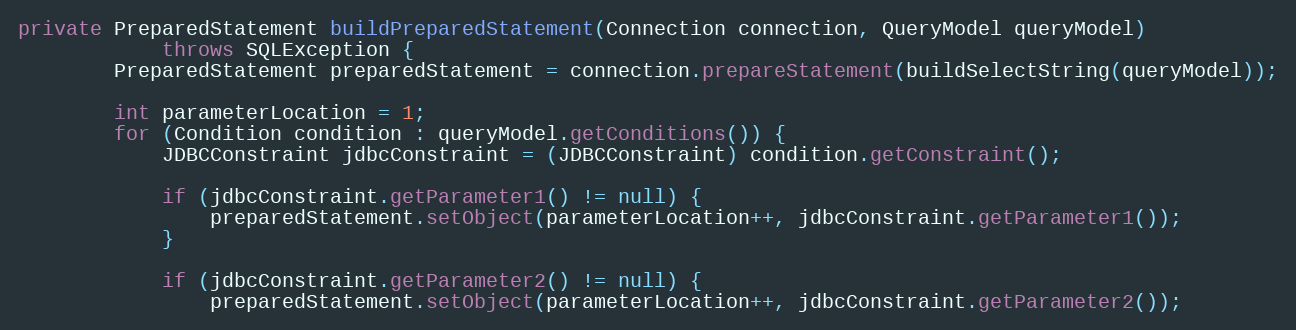
Language: Java
private PreparedStatement buildPreparedStatement(Connection connection, QueryModel queryModel)
            throws SQLException {
        PreparedStatement preparedStatement = connection.prepareStatement(buildSelectString(queryModel));

        int parameterLocation = 1;
        for (Condition condition : queryModel.getConditions()) {
            JDBCConstraint jdbcConstraint = (JDBCConstraint) condition.getConstraint();

            if (jdbcConstraint.getParameter1() != null) {
                preparedStatement.setObject(parameterLocation++, jdbcConstraint.getParameter1());
            }

            if (jdbcConstraint.getParameter2() != null) {
                preparedStatement.setObject(parameterLocation++, jdbcConstraint.getParameter2());